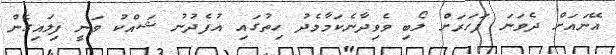
އޭނައަށް ދެވަނަ ފަހަރަށް ލޯބި ވެވިދާނެކަމާމެދު ހިތުގައި އުފެދުނު ޝައްކު ވަނީ ފިލައިގެން